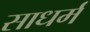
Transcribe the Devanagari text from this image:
साधर्म